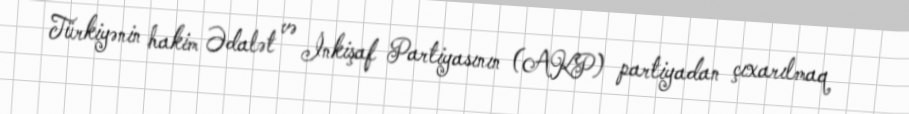
Türkiyənin hakim Ədalət və İnkişaf Partiyasının (AKP) partiyadan çıxarılmaq